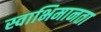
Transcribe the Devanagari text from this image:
स्वाभिमानता